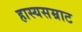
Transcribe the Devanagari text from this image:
हास्यसम्राट